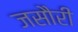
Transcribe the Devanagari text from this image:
जसौरी